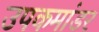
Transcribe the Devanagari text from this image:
उपकमांडर